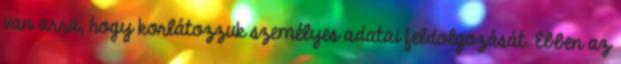
van arra, hogy korlátozzuk személyes adatai feldolgozását. Ebben az